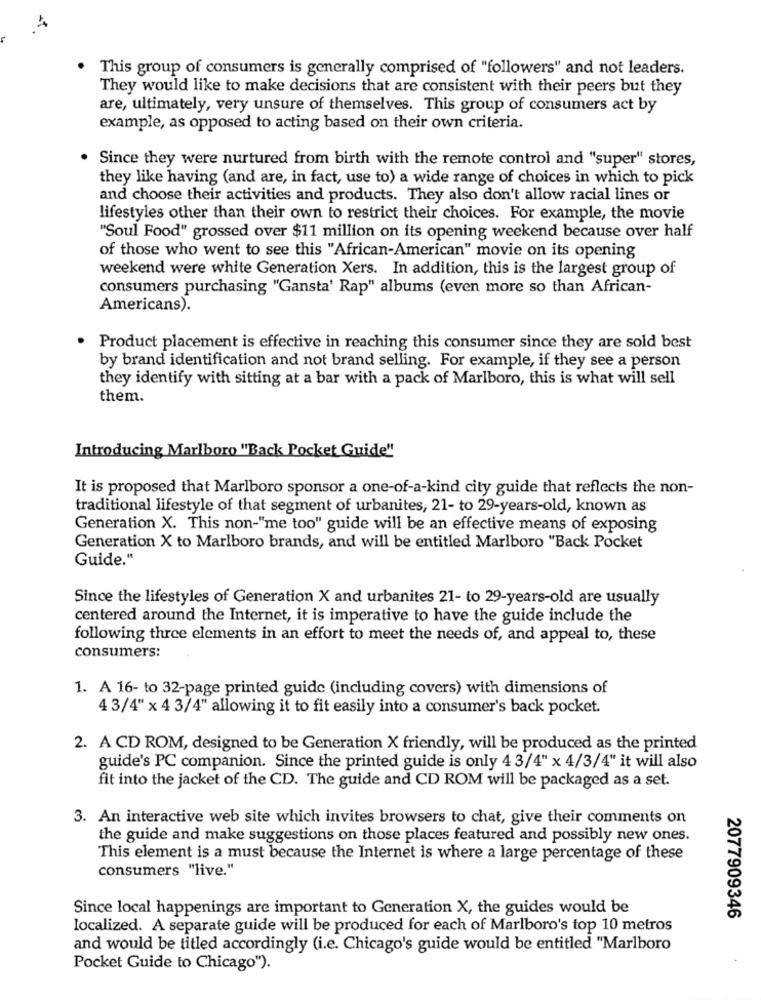
This group of consumers is generally comprised of "followers" and not leaders.
They would like to make decisions that are consistent with their peers but they
are, ultimately, very unsure of themselves. This group of consumers act by
example, as opposed to acting based on their own criteria.
Since they were nurtured from birth with the remote control and "super" stores,
they like having (and are, in fact, use to) a wide range of choices in which to pick
and choose their activities and products. They also don't allow racial lines or
lifestyles other than their own to restrict their choices. For example, the movie
"Soul Food" grossed over $11 million on its opening weekend because over half
of those who went to see this "African-American" movie on its opening
weekend were white Generation Xers. In addition, this is the largest group of
consumers purchasing "Gansta' Rap" albums (even more so than African-
Americans).
Product placement is effective in reaching this consumer since they are sold best
by brand identification and not brand selling. For example, if they see a person
they identify with sitting at a bar with a pack of Marlboro, this is what will sell
them.
Introducing Marlboro "Back Pocket Guide"
It is proposed that Marlboro sponsor a one-of-a-kind city guide that reflects the non-
traditional lifestyle of that segment of urbanites, 21- to 29-years-old, known as
Generation X. This non-"me too" guide will be an effective means of exposing
Generation X to Marlboro brands, and will be entitled Marlboro "Back Pocket
Guide."
Since the lifestyles of Generation X and urbanites 21- to 29-years-old are usually
centered around the Internet, it is imperative to have the guide include the
following three elements in an effort to meet the needs of, and appeal to, these
consumers:
1. A 16- to 32-page printed guide (including covers) with dimensions of
43/4" x 4 3/4" allowing it to fit easily into a consumer's back pocket.
2. A CD ROM, designed to be Generation X friendly, will be produced as the printed
guide's PC companion. Since the printed guide is only 4 3/4" x 4/3/4" it will also
fit into the jacket of the CD. The guide and CD ROM will be packaged as a set.
3. An interactive web site which invites browsers to chat, give their comments on
the guide and make suggestions on those places featured and possibly new ones.
This element is a must because the Internet is where a large percentage of these
consumers "live."
Since local happenings are important to Generation X, the guides would be
2077909346
localized. A separate guide will be produced for each of Marlboro's top 10 metros
and would be titled accordingly (i.e. Chicago's guide would be entitled "Marlboro
Pocket Guide to Chicago").